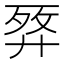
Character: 𢍗